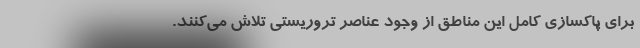
برای پاکسازی کامل این مناطق از وجود عناصر تروریستی تلاش می‌کنند.